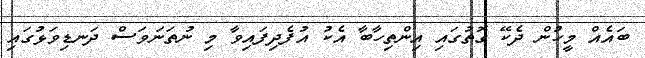
ބައެއް މީހުން ދެކޭ ގޮތުގައި އިންތިހާބާ އެކު އުފެދިފައިވާ މި ނުތަނަވަސް ދަނޑިވަޅުގައި